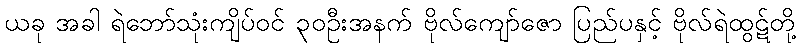
ယခု အခါ ရဲဘော်သုံးကျိပ်ဝင် ၃၀ဦးအနက် ဗိုလ်ကျော်ဇော ပြည်ပနှင့် ဗိုလ်ရဲထွဋ်တို့